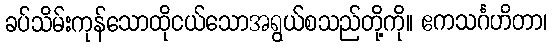
ခပ်သိမ်းကုန်သောထိုငယ်သောအရွယ်စသည်တို့ကို။ ဧကသင်္ဂဟိတာ၊